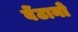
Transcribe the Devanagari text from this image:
बेंटानो